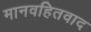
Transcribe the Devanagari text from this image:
मानवहितवाद